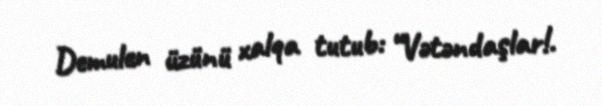
Demulen üzünü xalqa tutub: “Vətəndaşlar!.